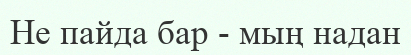
Не пайда бар - мың надан